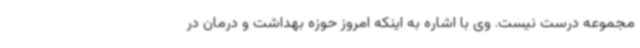
مجموعه درست نیست. وی با اشاره به اینکه امروز حوزه بهداشت و درمان در